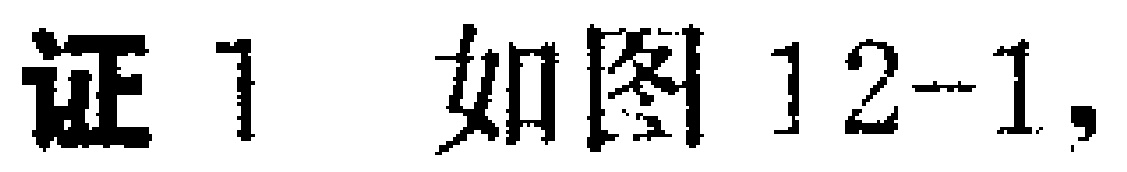
证1 如图12-1,